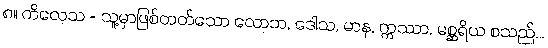
၈။ ကိလေသ = သူ့မှာဖြစ်တတ်သော လောဘ, ဒေါသ, မာန, ဣဿာ, မစ္ဆရိယ စသည်...